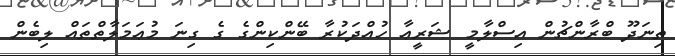
ތިނަދޫ ބްރާންޗުން އިސްލާމީ ޝަރީޢާ ހުއްދަކުރާ ބޭންކިންގެ ގެ ގިނަ މުޢަމަލާތްތައް ލިބެން